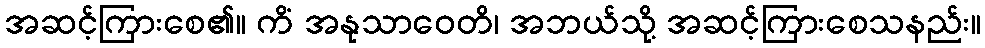
အဆင့်ကြားစေ၏။ ကိံ အနုသာဝေတိ၊ အဘယ်သို့ အဆင့်ကြားစေသနည်း။